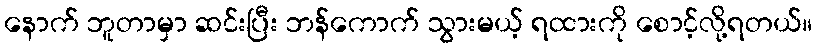
နောက် ဘူတာမှာ ဆင်းပြီး ဘန်ကောက် သွားမယ့် ရထားကို စောင့်လို့ရတယ်။